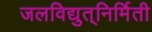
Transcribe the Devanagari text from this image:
जलविद्युत्‌निर्मिती